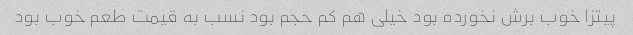
پیتزا خوب برش نخورده بود خیلی هم کم حجم بود نسب به قیمت طعم خوب بود